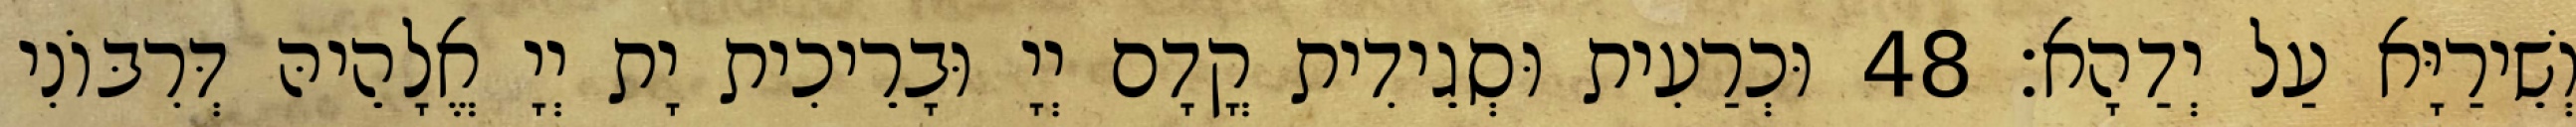
וְשֵׁירַיָּא עַל יְדַהָא׃ 48 וּכְרַעִית וּסְגֵידִית קֳדָם יְיָ וּבָרֵיכִית יָת יְיָ אֱלָהֵיהּ דְּרִבּוֹנִי